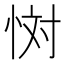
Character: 𢙪